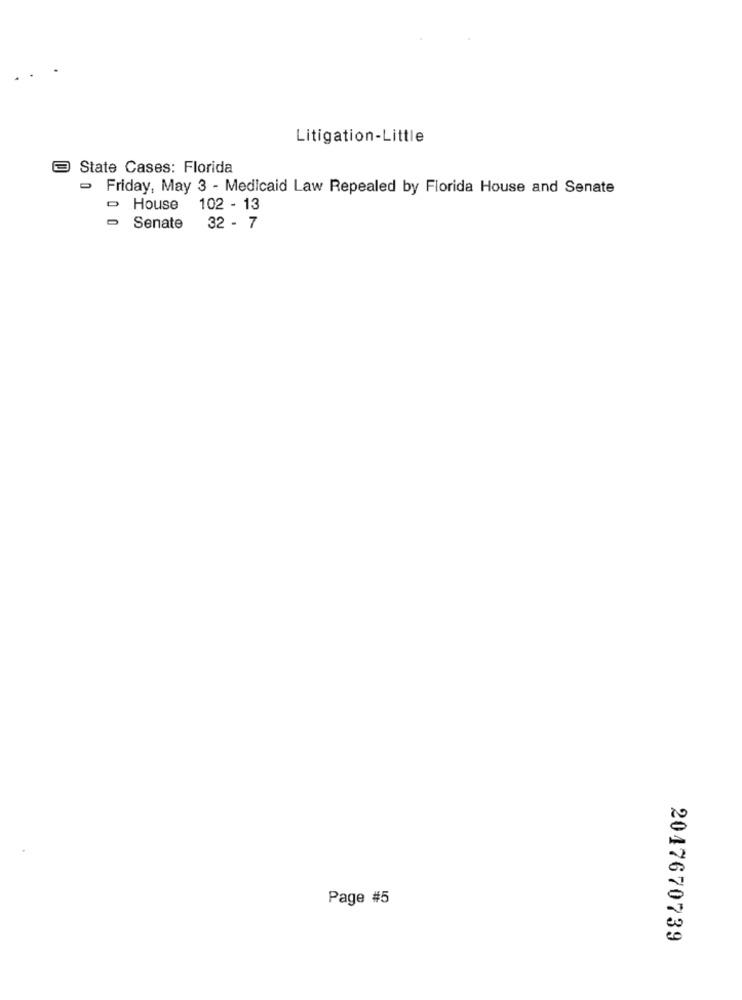
Litigation-Little
State Cases: Florida
- Friday, May 3 - Medicaid Law Repealed by Florida House and Senate
- House
102 - 13
Senate
32 - 7
Page #5
2047670739